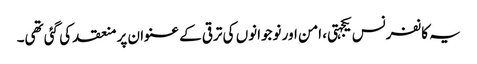
یہ کانفرنس یکجہتی، امن اور نوجوانوں کی ترقی کے عنوان پر منعقد کی گئی تھی۔